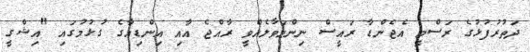
ދަތުރުފުޅުގެ ރަސްމީ އެޖެންޑާ ރައީސް ނިންމަވާލެއްވީ ރާއްޖެ އާއި އިންޑިއާގެ ގުޅުމުގައި "އިޝްގީ